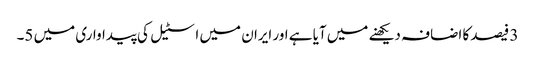
3 فیصد کا اضافہ دیکھنے میں آیا ہے اور ایران میں اسٹیل کی پیداواری میں 5۔